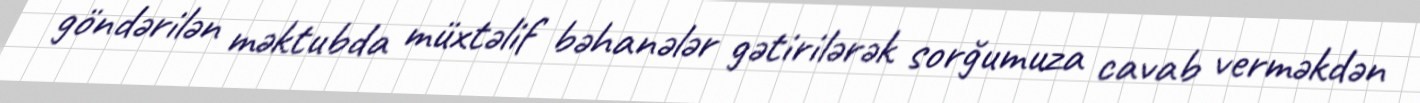
göndərilən məktubda müxtəlif bəhanələr gətirilərək sorğumuza cavab verməkdən